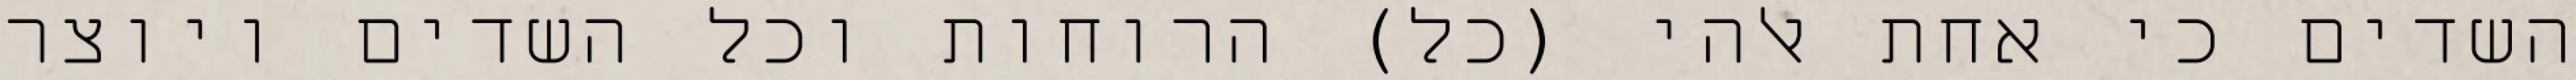
השדים כי אחת אלהי (כל) הרוחות וכל השדים ויוצר